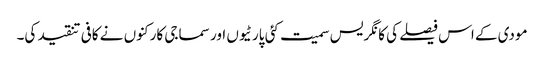
مودی کے اس فیصلے کی کانگریس سمیت کئی پارٹیوں اور سماجی کارکنوں نے کافی تنقید کی۔